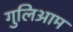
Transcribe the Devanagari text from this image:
गुलिआम